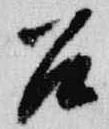
召